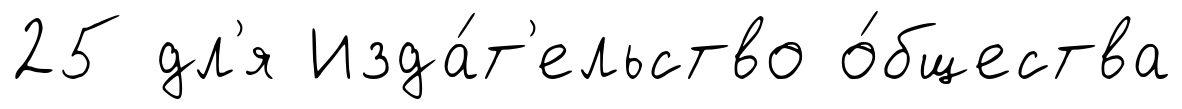
25 дл'я Изда́т'ельство о́бщества